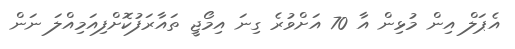
އެޕަލް އިން މުޅިން އާ 70 އަށްވުރެ ގިނަ އިމޯޖީ ތައާރަފުކޮށްފިއަމިއްލަ ނަން